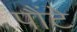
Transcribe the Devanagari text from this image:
पौंटे